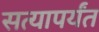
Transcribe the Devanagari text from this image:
सत्यापर्यंत